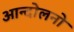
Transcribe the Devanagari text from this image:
आन्दोलनो